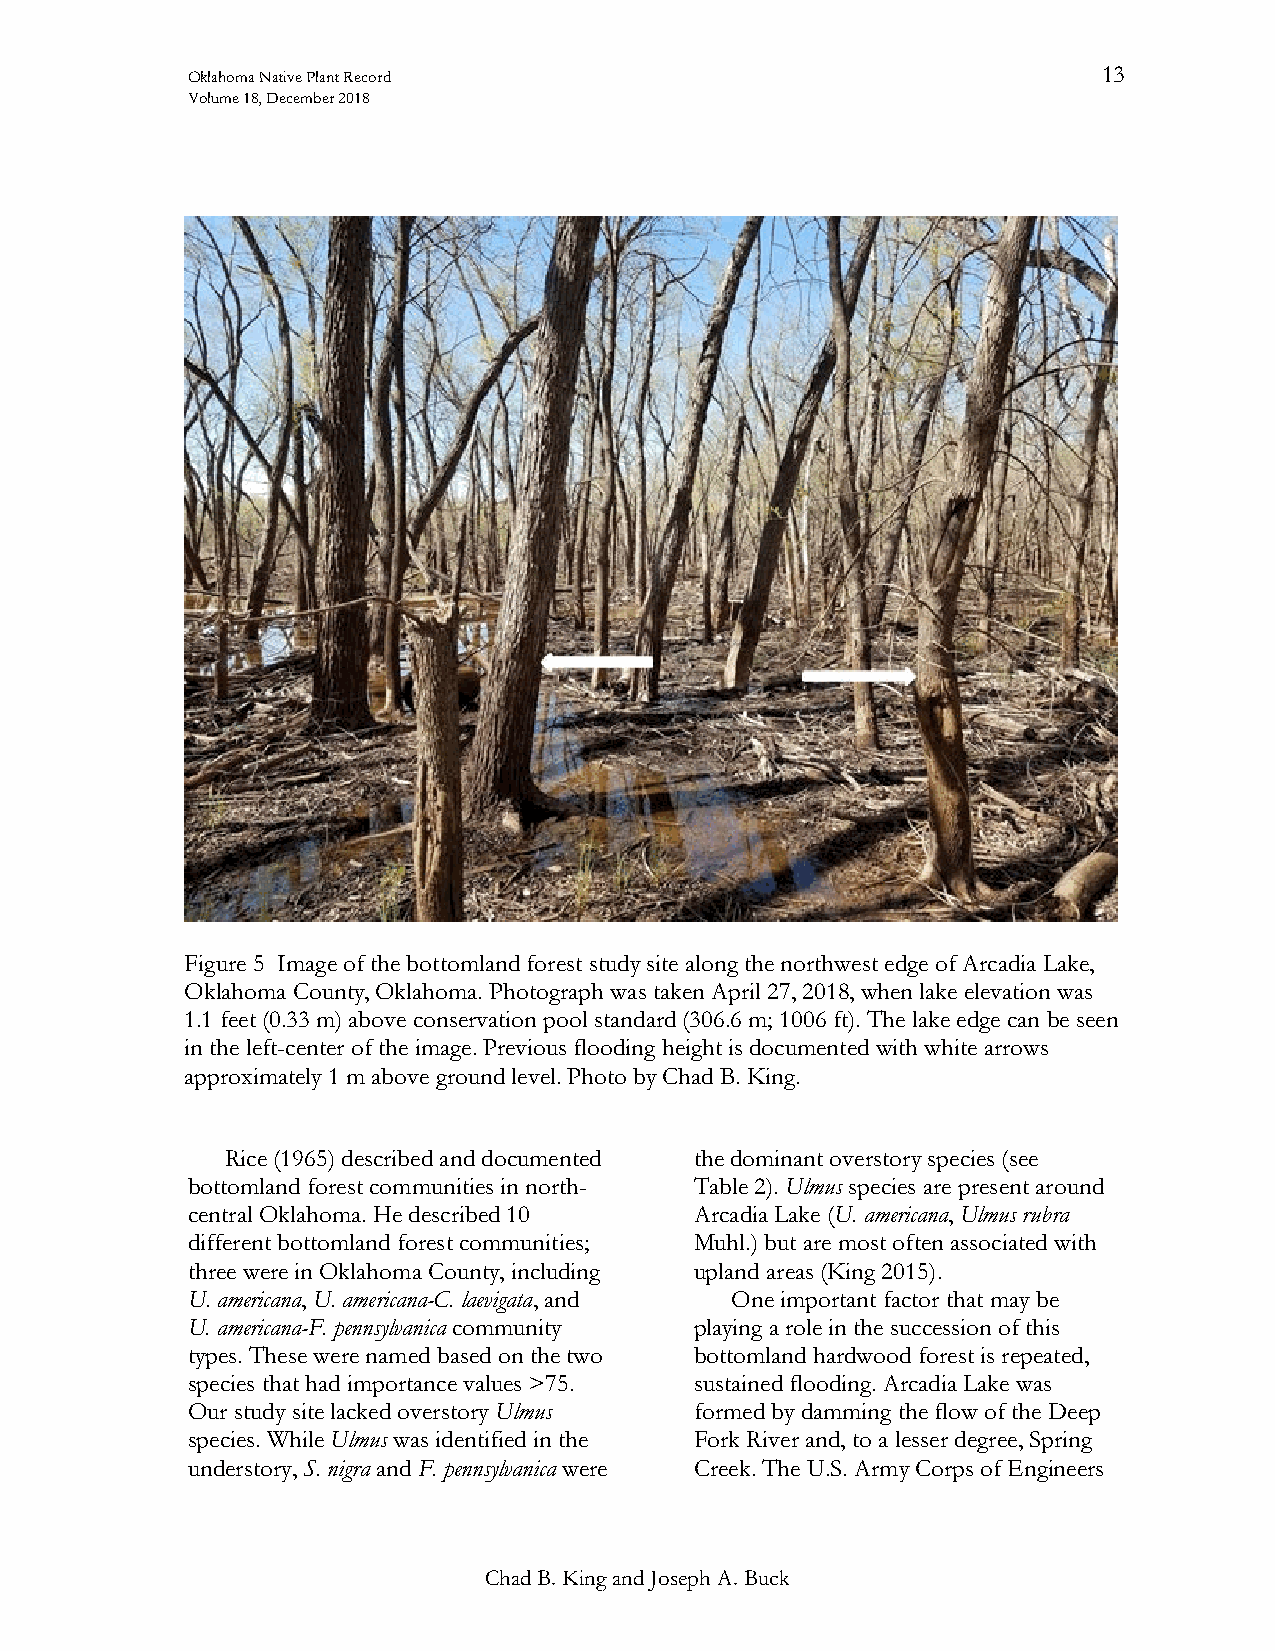
Oklahoma Native Plant Record                                 13
 Volume 18, December 2018
 Figure 5 Image of the bottomland forest study site along the northwest edge of Arcadia Lake,
 Oklahoma County, Oklahoma. Photograph was taken April 27, 2018, when lake elevation was
 1.1 feet (0.33 m) above conservation pool standard (306.6 m; 1006 ft). The lake edge can be seen
 in the left-center of the image. Previous flooding height is documented with white arrows
 approximately 1 m above ground level. Photo by Chad B. King.
 Rice (1965) described and documented the dominant overstory species (see
 bottomland forest communities in north- Table 2). Ulmus species are present around
 central Oklahoma. He described 10 Arcadia Lake (U. americana, Ulmus rubra
 different bottomland forest communities; Muhl.) but are most often associated with
 three were in Oklahoma County, including upland areas (King 2015).
 U. americana, U. americana-C. laevigata, and One important factor that may be
 U. americana-F. pennsylvanica community playing a role in the succession of this
 types. These were named based on the two bottomland hardwood forest is repeated,
 species that had importance values >75. sustained flooding. Arcadia Lake was
 Our study site lacked overstory Ulmus formed by damming the flow of the Deep
 species. While Ulmus was identified in the Fork River and, to a lesser degree, Spring
 understory, S. nigra and F. pennsylvanica were Creek. The U.S. Army Corps of Engineers
 Chad B. King and Joseph A. Buck